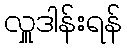
လှူဒါန်းရန်